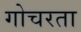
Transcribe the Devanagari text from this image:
गोचरता